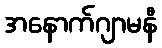
အနောက်ဂျာမနီ